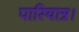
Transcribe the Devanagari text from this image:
पारियात्र।